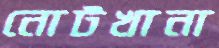
নোটখানা